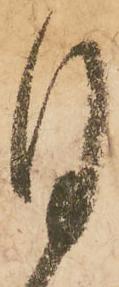
月